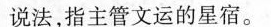
说法，指主管文运的星宿。